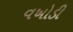
વખોડી